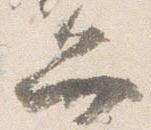
弁